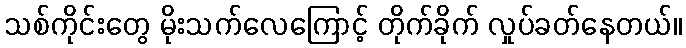
သစ်ကိုင်းတွေ မိုးသက်လေကြောင့် တိုက်ခိုက် လှုပ်ခတ်နေတယ်။